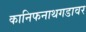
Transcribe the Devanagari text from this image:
कानिफनाथगडावर